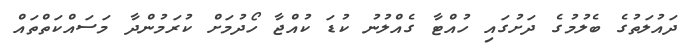
ދައުލަތުގެ ބެލުމުގެ ދަށުގައި ހުއްޓާ ގެއްލުނު ކުޑަ ކުއްޖާ ހޯދުމަށް ކުރަމުންދާ މަސައްކަތްތައް